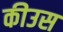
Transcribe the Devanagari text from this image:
कीउस